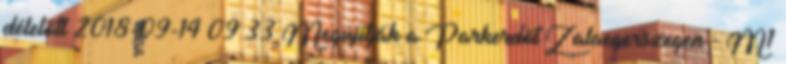
délelőtt 2018-09-14 09:33 Megújítják a Parkerdőt Zalaegerszegen - M1